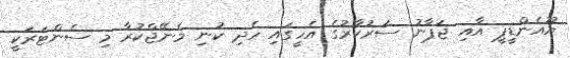
ޔޫއެންޑީޕީ އާއި ޖަޕާނު ސަރުކާރުގެ އެހީގައި ހެދި ކުނި މެނޭޖްކުރާ މި ސެންޓަރަކީ